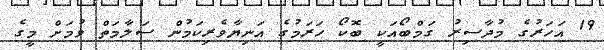
19 އަހަރުގެ މުދާސިރު ގަމްބޯއަކީ ބޮކޯ ހަރަމުގެ އަނިޔާވެރިކަމުން ސަލާމަތް ވުމަށް މީގެ